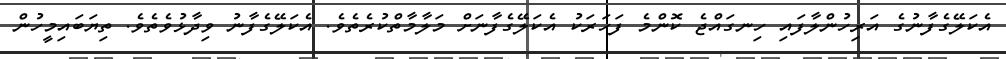
އެކަލޭގެފާނުގެ އަރިހުންލާފައި ހިނގައްޖެ ކޮންމެ ފަހަރަކު އެކަލޭގެފާނަށް މަލާމާތްކުރެތެވެ. އެކަލޭގެފާނު ވިދާޅުވެތެވެ. ތިޔަބައިމީހުން